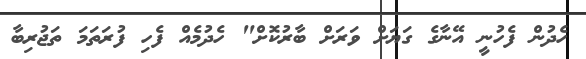
ހެދުން ފެހުނީ އޭނާގެ ގަޔަށް ވަރަށް ބާރުކޮށް" ހެދުމެއް ފެހި ފުރަތަމަ ތަޖުރިބާ